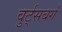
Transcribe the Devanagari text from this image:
वुर्ट्‌सबर्ग